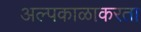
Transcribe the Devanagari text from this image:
अल्पकाळाकरता